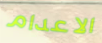
الاعدام